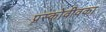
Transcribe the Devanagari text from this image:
प्रस्कोवीवका